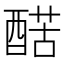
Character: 𨡱